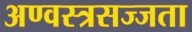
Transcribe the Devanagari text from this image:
अण्वस्त्रसज्जता